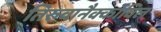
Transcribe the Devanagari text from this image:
तिरुवानैक्कोविल